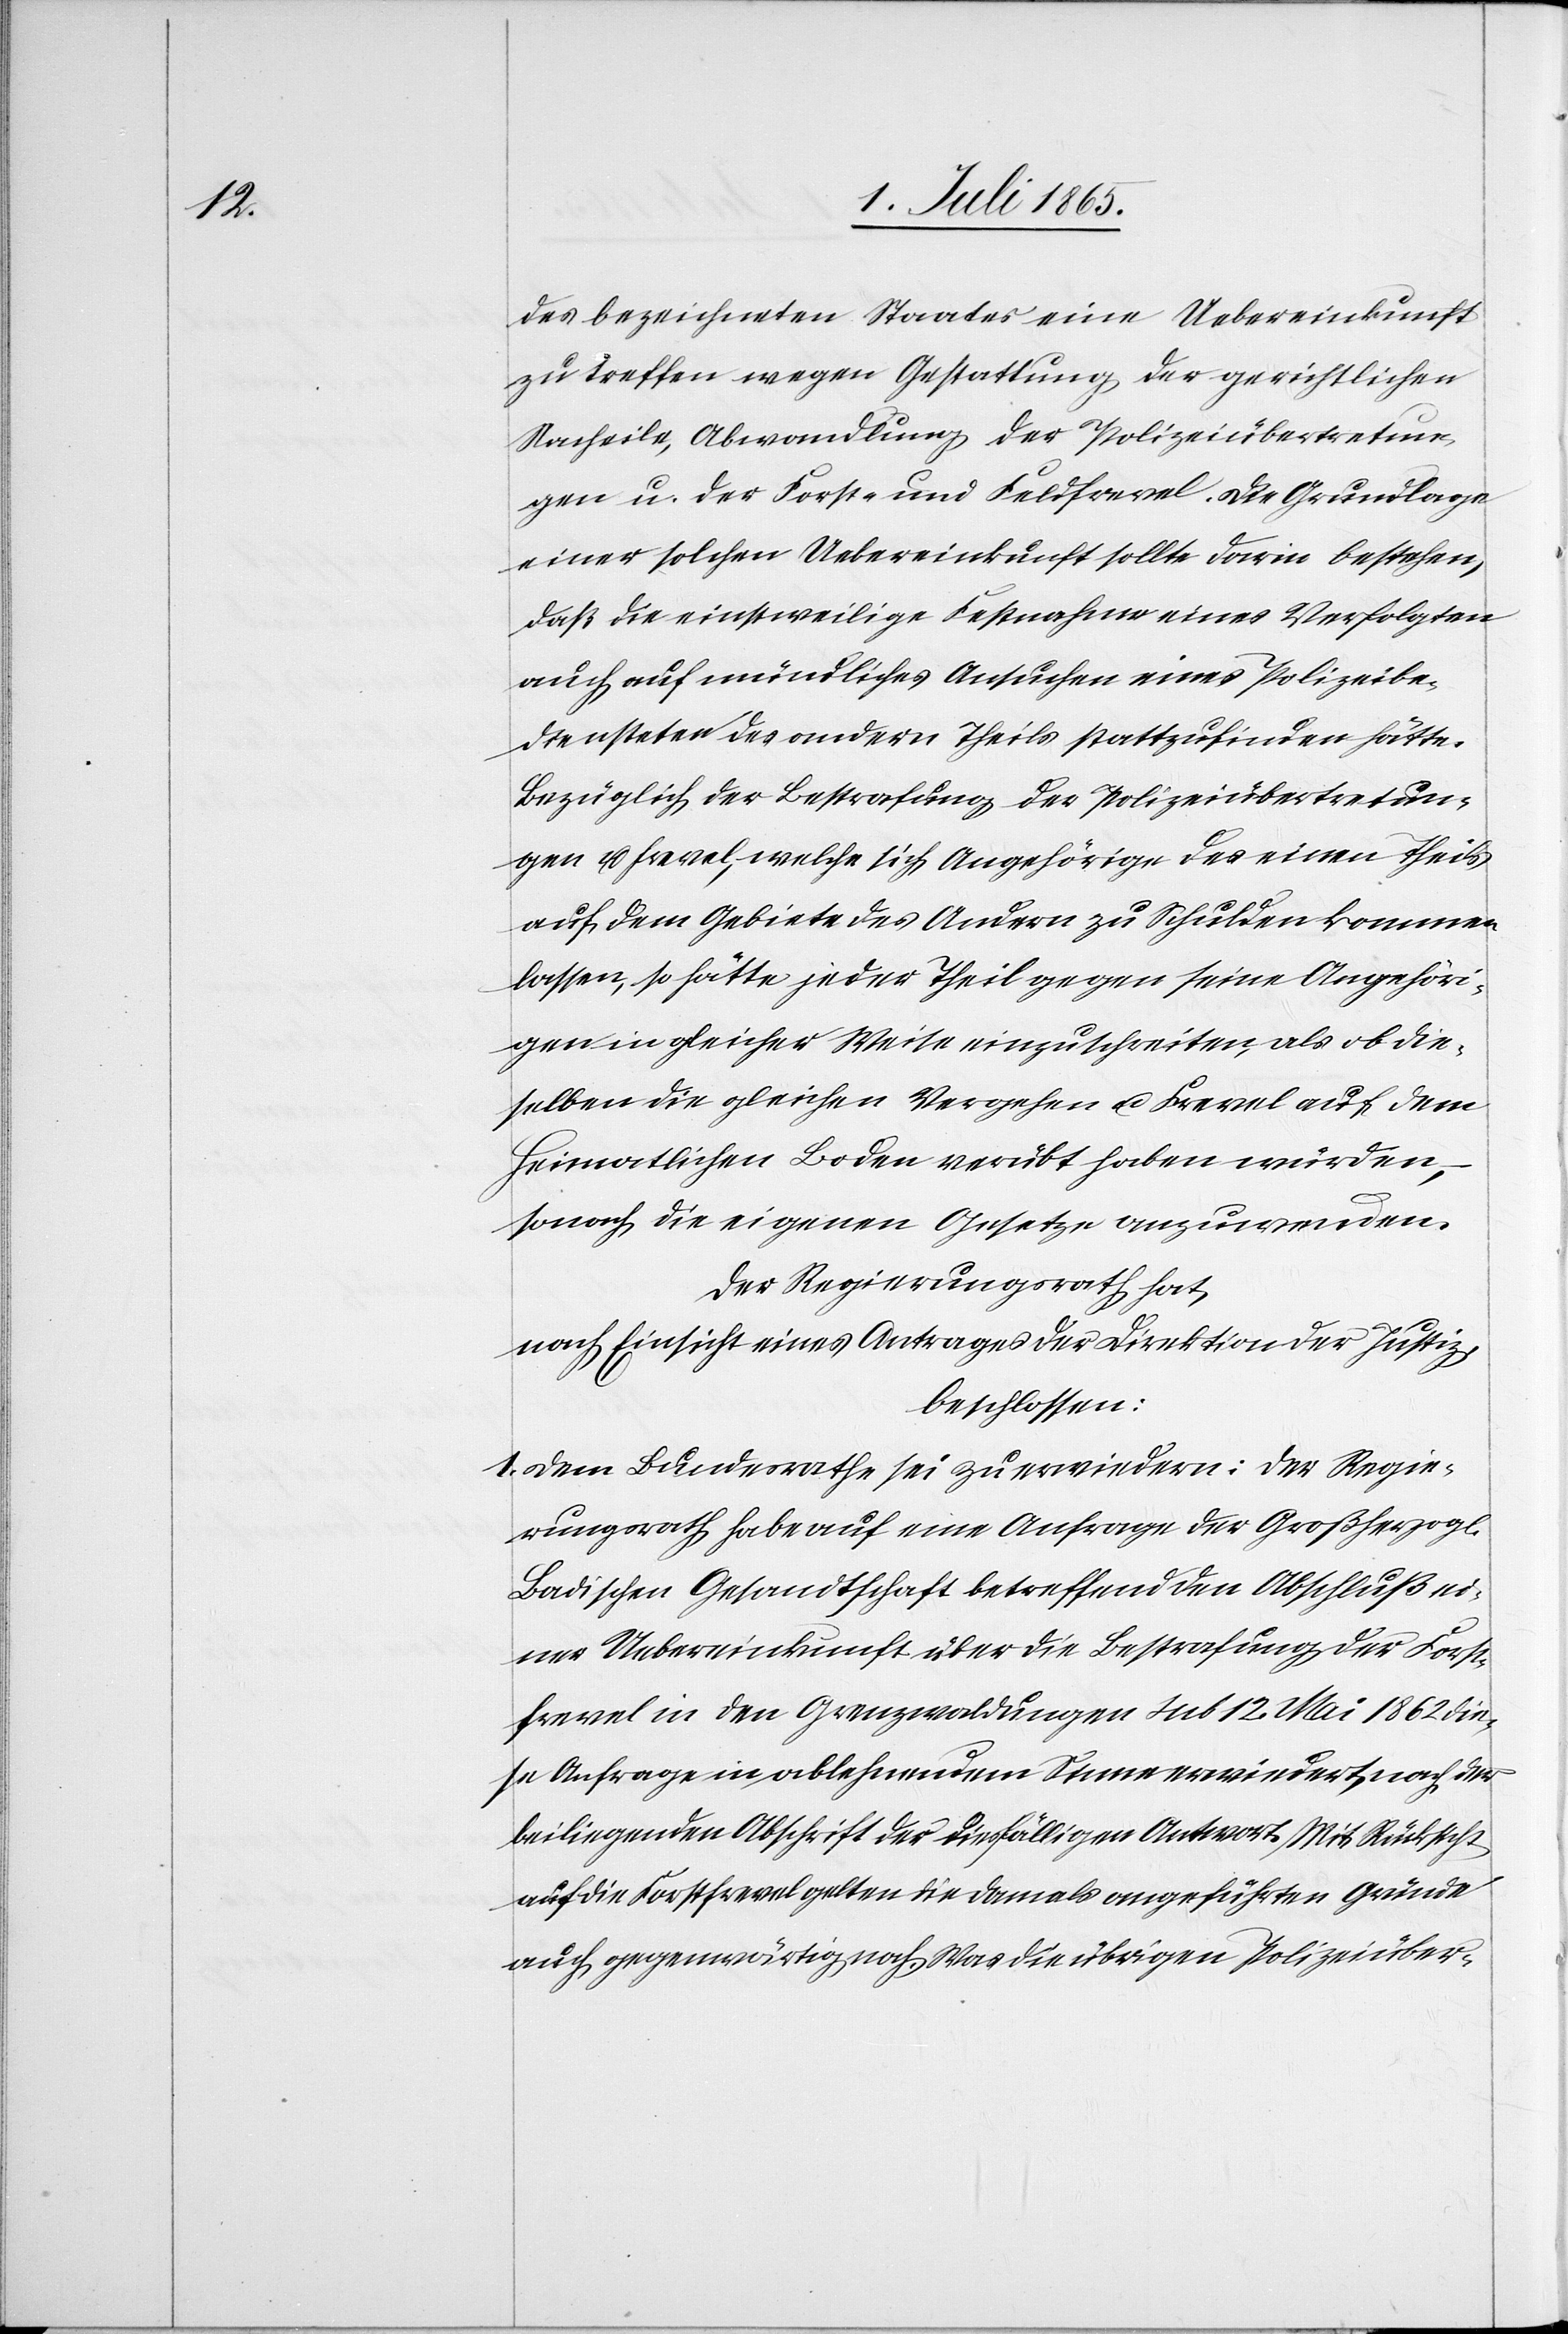
des bezeichneten Staates eine Uebereinkunft
zu treffen wegen Gestattung der gerichtlichen
Nacheile, Abwandlung der Polizeiübertretun¬
gen u. der Forst- und Feldfrevel. Die Grundlage
einer solchen Uebereinkunft sollte darin bestehen,
daß die einstweilige Festnahme eines Verfolgten
auch auf mündliches Ansuchen eines Polizeibe¬
diensteten des andern Theils stattzufinden hätte.
Bezüglich der Bestrafung der Polizeiübertretun¬
gen u. Frevel, welche sich Angehörige des einen Theils
auf dem Gebiete des Andern zu Schulden kommen
lassen, so hätte jeder Theil gegen seine Angehöri¬
gen in gleicher Weise einzuschreiten, als die¬
selben die gleichen Vergehen u. Frevel auf dem
heimatlichen Boden verübt haben würden,
sonach die eigenen Gesetze anzuwenden.
Der Regierungsrath hat,
nach Einsicht eines Antrages der Direktion der Justiz,
beschlossen:
1. Dem Bundesrathe sei zu erwiedern: Der Regie¬
rungsrath habe auf eine Anfrage der Großherzogl.
Badischen Gesandtschaft betreffend den Abschluß ei¬
ner Uebereinkunft über die Bestrafung der Forst¬
frevel in den Grenzwaldungen sub 12. Mai 1862 die¬
se Anfrage im ablehnenden Sinne erwiedert, nach der
beiliegenden Abschrift der diesfälligen Antwort. Mit Rücksicht
auf die Forstfrevel gelten die damals angeführten Gründe
auch gegenwärtig noch. Was die übrigen Polizeiüber-